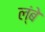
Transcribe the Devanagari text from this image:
ल्ंबे